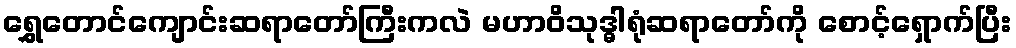
ရွှေတောင်ကျောင်းဆရာတော်ကြီးကလဲ မဟာဝိသုဒ္ဓါရုံဆရာတော်ကို စောင့်ရှောက်ပြီး